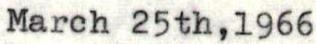
March 25th,1966